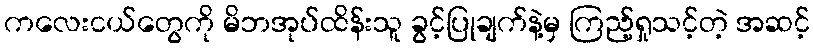
ကလေးငယ်တွေကို မိဘအုပ်ထိန်းသူ ခွင့်ပြုချက်နဲ့မှ ကြည့်ရှုသင့်တဲ့ အဆင့်